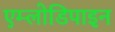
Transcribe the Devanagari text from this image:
एम्लोडिपाइन